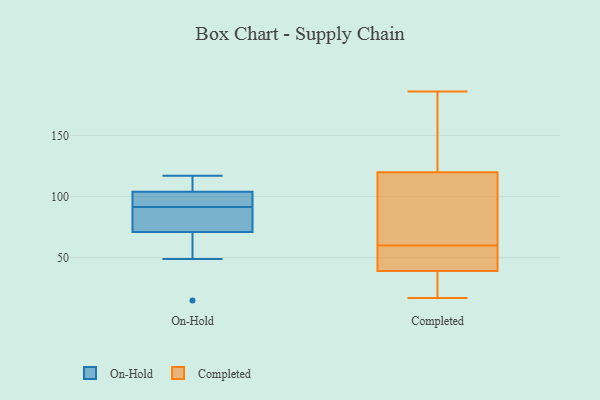
{"axis": {"x": "Customer Acquisition Cost (USD)", "y": "Value"}, "legend": ["Completed", "On-Hold"], "data": [{"x": "", "y": 104, "type": "On-Hold"}, {"x": "", "y": 88, "type": "On-Hold"}, {"x": "", "y": 95, "type": "On-Hold"}, {"x": "", "y": 108, "type": "On-Hold"}, {"x": "", "y": 15, "type": "On-Hold"}, {"x": "", "y": 49, "type": "On-Hold"}, {"x": "", "y": 73, "type": "On-Hold"}, {"x": "", "y": 100, "type": "On-Hold"}, {"x": "", "y": 71, "type": "On-Hold"}, {"x": "", "y": 117, "type": "On-Hold"}, {"x": "", "y": 67, "type": "Completed"}, {"x": "", "y": 94, "type": "Completed"}, {"x": "", "y": 186, "type": "Completed"}, {"x": "", "y": 17, "type": "Completed"}, {"x": "", "y": 169, "type": "Completed"}, {"x": "", "y": 43, "type": "Completed"}, {"x": "", "y": 134, "type": "Completed"}, {"x": "", "y": 120, "type": "Completed"}, {"x": "", "y": 39, "type": "Completed"}, {"x": "", "y": 21, "type": "Completed"}, {"x": "", "y": 108, "type": "Completed"}, {"x": "", "y": 36, "type": "Completed"}, {"x": "", "y": 37, "type": "Completed"}, {"x": "", "y": 92, "type": "Completed"}, {"x": "", "y": 48, "type": "Completed"}, {"x": "", "y": 53, "type": "Completed"}, {"x": "", "y": 42, "type": "Completed"}, {"x": "", "y": 144, "type": "Completed"}]}